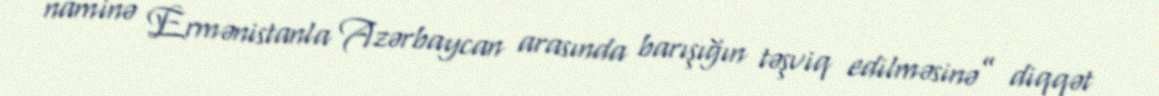
naminə Ermənistanla Azərbaycan arasında barışığın təşviq edilməsinə” diqqət